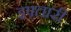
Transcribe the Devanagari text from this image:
इफ़्तारी